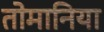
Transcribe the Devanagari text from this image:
तोमानिया